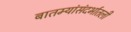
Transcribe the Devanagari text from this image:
बातम्यांसंदर्भातली